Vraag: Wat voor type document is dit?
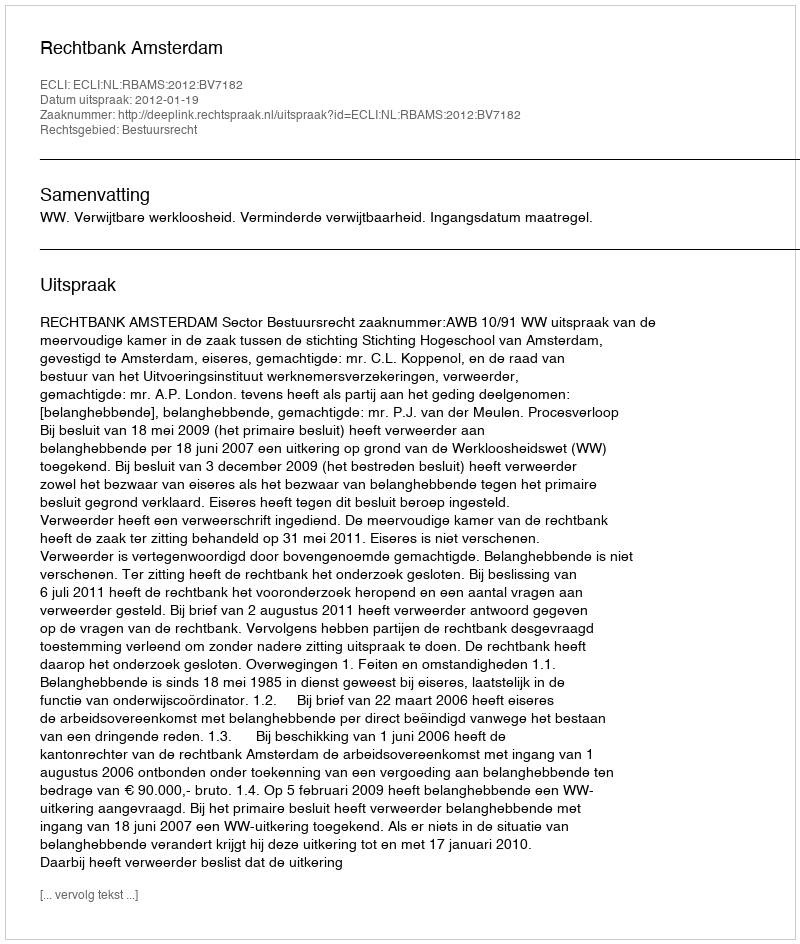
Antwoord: Uitspraak